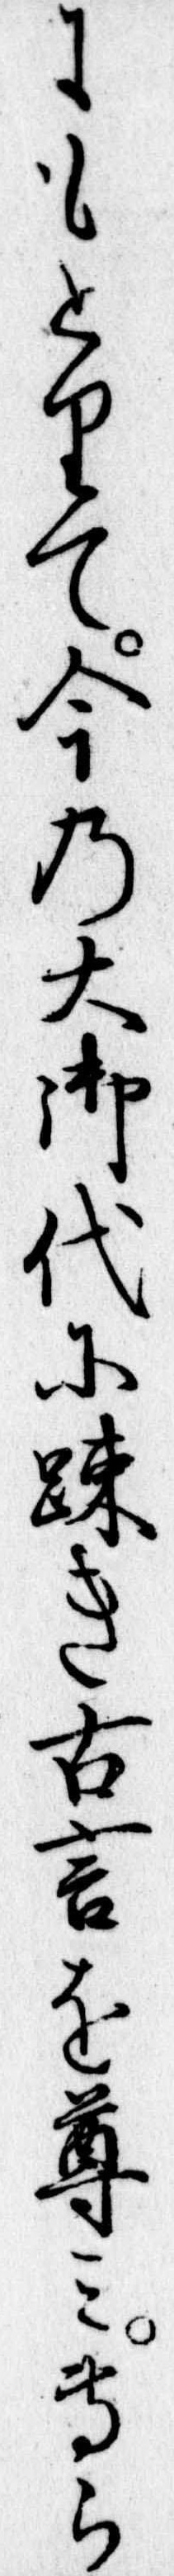
にもとりて今の大御代に疎き古言を尊み専ら